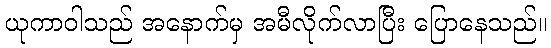
ယုကာဝါသည် အနောက်မှ အမီလိုက်လာပြီး ပြောနေသည်။